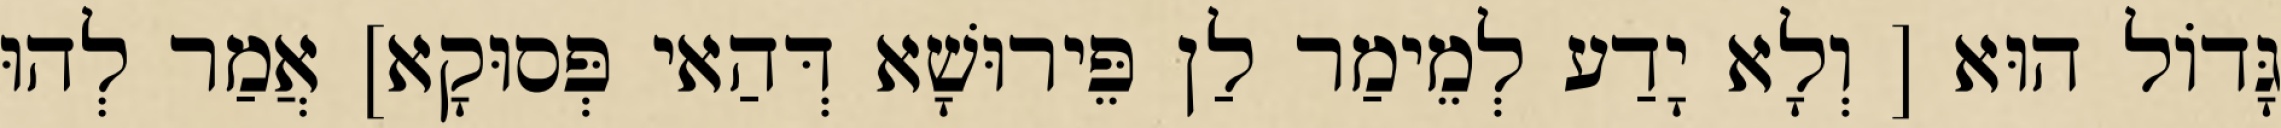
גָּדוֹל הוּא [ וְלָא יָדַע לְמֵימַר לַן פֵּירוּשָׁא דְּהַאי פְּסוּקָא] אֲמַר לְהוּ